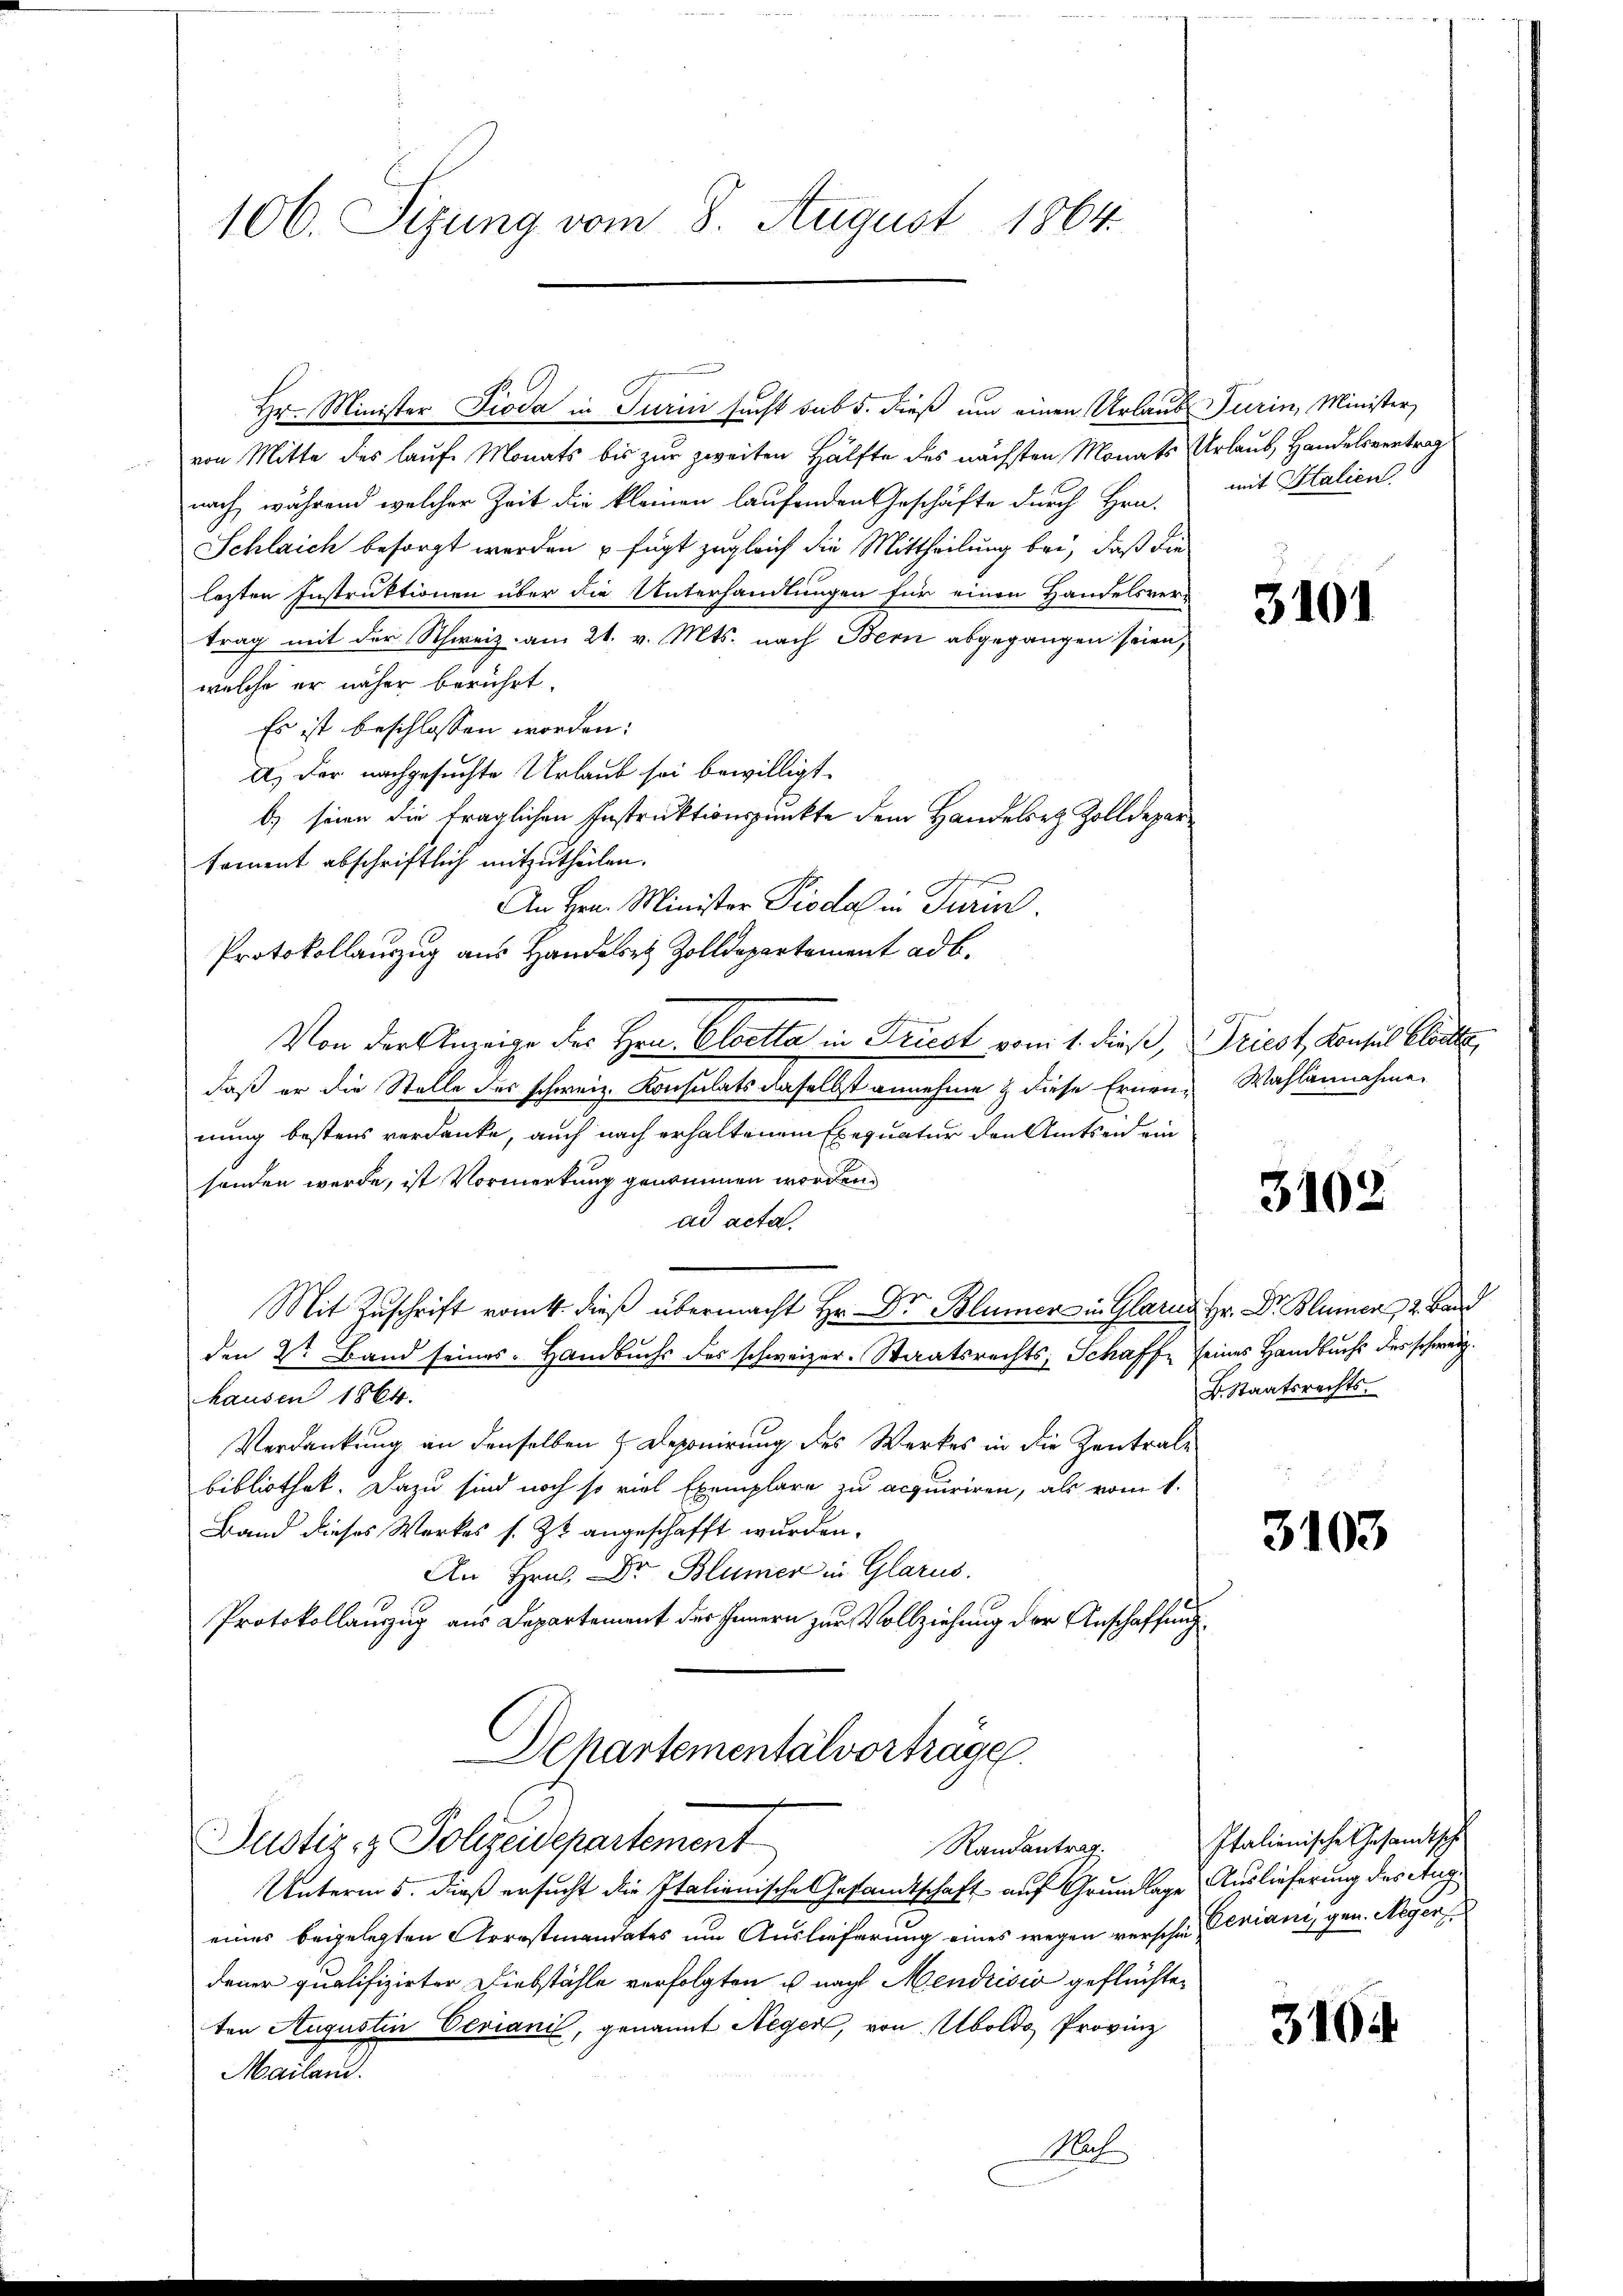
106. Sizung vom 8. August 1864.

Hr. Minister Pioda in Turin sucht sub 5. dieß um einen Urlaub Turin, Minister,
von Mitte des laufe Monats bis zur zweiten Hälfte des nächsten Monats Urlaub, Handelsvertrag
nach, während welcher Zeit die kleinen laufenden Geschäfte durch Hrn.
Schlaich besorgt werden u fügt zugleich die Mittheilung bei, daß die
lezten Instruktionen über die Unterhandlungen für einen Handelsver-
trag mit der Schweiz am 21. v. Mts. nach Bern abgegangen seien,
welche er näher berührt.
Es ist beschlossen worden:
A.) Der nachgesuchte Urlaub sei bewilligt.
b) seien die fraglichen Instruktionspunkte dem Handelez Zolldeparkoment abschriftlich mitzutheilen.
e
An Hrn. Minister Pioda in Turin.
Protokollanzug aus Handele Zolldepartement ad b.
Von der Anzeige des Hrn. Cloetta in Frist vom 1. dieß,
daß er die Stelle des schweiz. Konsulats daselbst annehme & diese Ernennung bestens verdanke, auch nach erhaltenen Exequatur den Amtsen ein
senden werde, ist Vormerkung genommen worden.
ad acta.
Mit Zuschrift vom 4. dieß übermacht Hr. Dr Blümer in Glarus
den 2te Band seines Handbuchs des schweizer. Staatsrechts, Schaffe seines Handbuchs des schweiz.
hausen 1864.
Verdankung an denselben Deponirung des Werkes in die Zentrale
bibliothek. Dazu sind noch so viel Exemplare zu acquiriren, als vom 1.
Band dieses Werkes s. Zt. angeschafft wurden.
An Hrn. Dr Blümer in Glarus.
Protokollanzug aus Departement des Innern zur Vollziehung der Anschaffung
Departemental vorträge
Justiz- & Polizeidepartement
Randantrag.
Unterm 5. dieß ersucht die Italienische Gesandtschaft auf Grundlage
eines beigelegten Arrestmandates um Auslieferung eines wegen verschie (Leviani, gen. Neger
dener qualifizirter Diebstähle verfolgten u nach Mendrisis geflüchten
ten Augustin Veriani, genannt Neger, von Uboldo, Provinz
Mailand.
N

mit Italien

3101

Triest, Konsul Elode
Wahlannahme.

3102

Hr. Dr. Blumer 2. Land
B. Staatsrechts.

3103

Italienische Gesandtische
Auslieferung des Aug.

3104